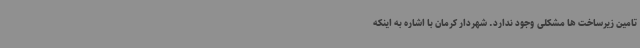
تامین زیرساخت ها مشکلی وجود ندارد. شهردار کرمان با اشاره به اینکه